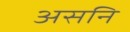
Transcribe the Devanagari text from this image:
असनि